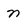
Character: n